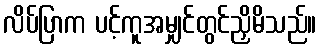
လိပ်ပြာက ပင့်ကူအမျှင်တွင်ညှိမိသည်။